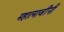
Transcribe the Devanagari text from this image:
महात्माजींनी